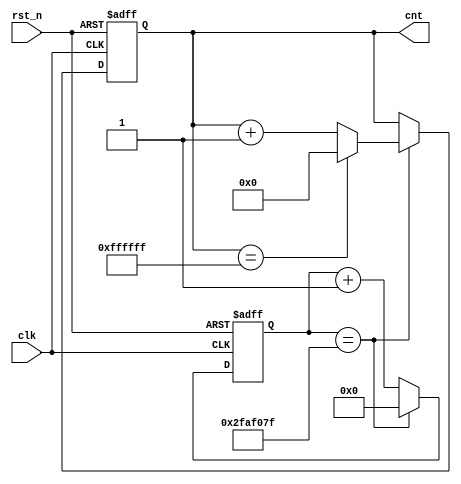
// This program was cloned from: https://github.com/michaelliao/learn-verilog
// License: GNU General Public License v3.0

// counter from 0x000000 ~ 0xffffff

module counter
#(
    parameter CNT_MAX = 'h1000000, // 0 ~ 0xffffff
    parameter SYS_CLK = 'd50_000_000 // default to 50MHz
)
(
    input clk,
    input rst_n,
    output reg [23:0] cnt
);

    reg [31:0] inc;

    always @ (posedge clk or negedge rst_n) begin
        if (! rst_n) begin
            cnt <= 24'b0;
            inc <= 32'b0;
        end else begin
            if (inc == (SYS_CLK - 1)) begin
                inc <= 32'b0;
                if (cnt == (CNT_MAX -1))
                    cnt <= 24'b0;
                else
                    cnt <= cnt + 1;
            end else begin
                inc <= inc + 1;
            end
        end
    end

endmodule